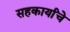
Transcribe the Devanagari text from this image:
सहकार्यांचे